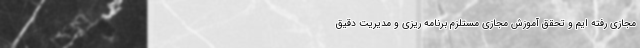
مجازی رفته ایم و تحقق آموزش مجازی مستلزم برنامه ریزی و مدیریت دقیق